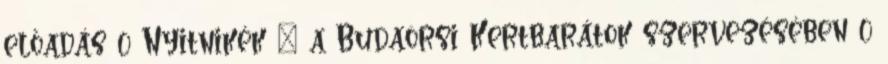
előadás 0 Nyitnikék – a Budaörsi Kertbarátok szervezésében 0